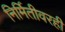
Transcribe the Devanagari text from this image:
निर्मितीवरही